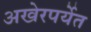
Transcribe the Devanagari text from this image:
अखेरपर्येत